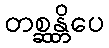
တစ္ဆန္တိပေ